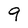
Character: 9